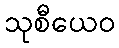
သုစီယေဝ